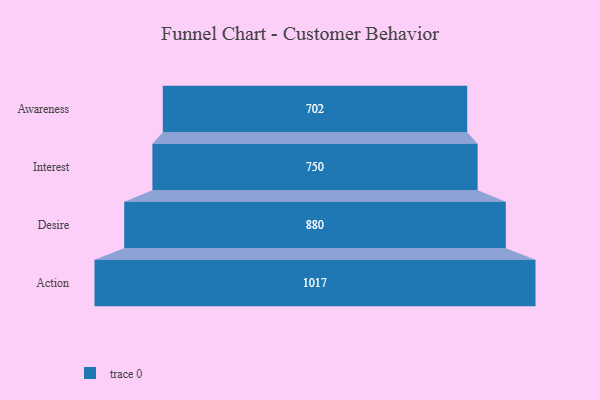
{"axis": {"x": "Stage", "y": "Value"}, "legend": [""], "data": [{"x": "Awareness", "y": 702.0, "type": ""}, {"x": "Interest", "y": 750.0, "type": ""}, {"x": "Desire", "y": 880.0, "type": ""}, {"x": "Action", "y": 1017.0, "type": ""}]}